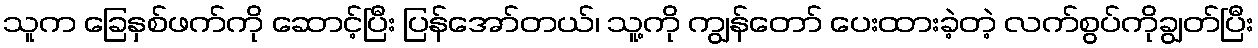
သူက ခြေနှစ်ဖက်ကို ဆောင့်ပြီး ပြန်အော်တယ်၊ သူ့ကို ကျွန်တော် ပေးထားခဲ့တဲ့ လက်စွပ်ကိုချွတ်ပြီး